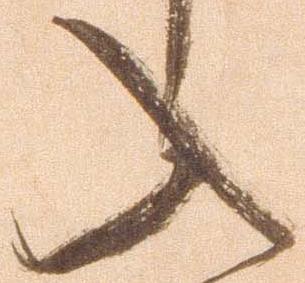
入